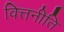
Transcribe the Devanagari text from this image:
वित्तनीति